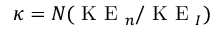
\kappa = N ( \mathrm { ~ K ~ E ~ } _ { n } / \mathrm { ~ K ~ E ~ } _ { I } )